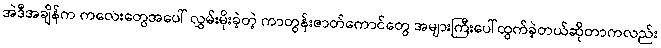
အဲဒီအချိန်က ကလေးတွေအပေါ် လွှမ်းမိုးခဲ့တဲ့ ကာတွန်းဇာတ်ကောင်တွေ အများကြီးပေါ်ထွက်ခဲ့တယ်ဆိုတာကလည်း